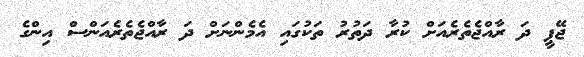
ޖޭޕީ ދަ ރާއްޖެތެރެއަށް ކުރާ ދަތުރު ތަކުގައި އެމެންނަށް ދަ ރާއްޖެތެރެއަންސް އިންގެ